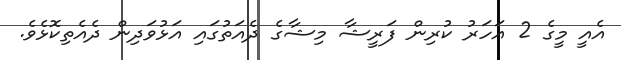
އެއީ މީގެ 2 އަހަރު ކުރިން ފަރީޝާ މިޝާގެ ދެއަތުގައި އަޅުވަދިން ދެއެތިކޮޅެވެ.